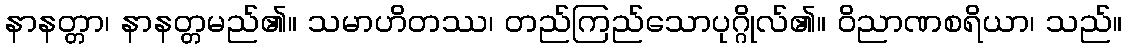
နာနတ္တာ၊ နာနတ္တမည်၏။ သမာဟိတဿ၊ တည်ကြည်သောပုဂ္ဂိုလ်၏။ ဝိညာဏစရိယာ၊ သည်။